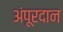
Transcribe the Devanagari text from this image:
अंपूरदान